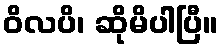
ဝိလပိ၊ ဆိုမိပါပြီ။